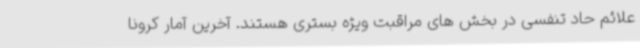
علائم حاد تنفسی در بخش های مراقبت ویژه بستری هستند. آخرین آمار کرونا